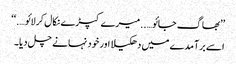
’’بھاگ جائو…..میرے کپڑے نکال کر لائو….‘‘
اسے برآمدے میں دھکیلا اور خود نہانے چل دیا۔